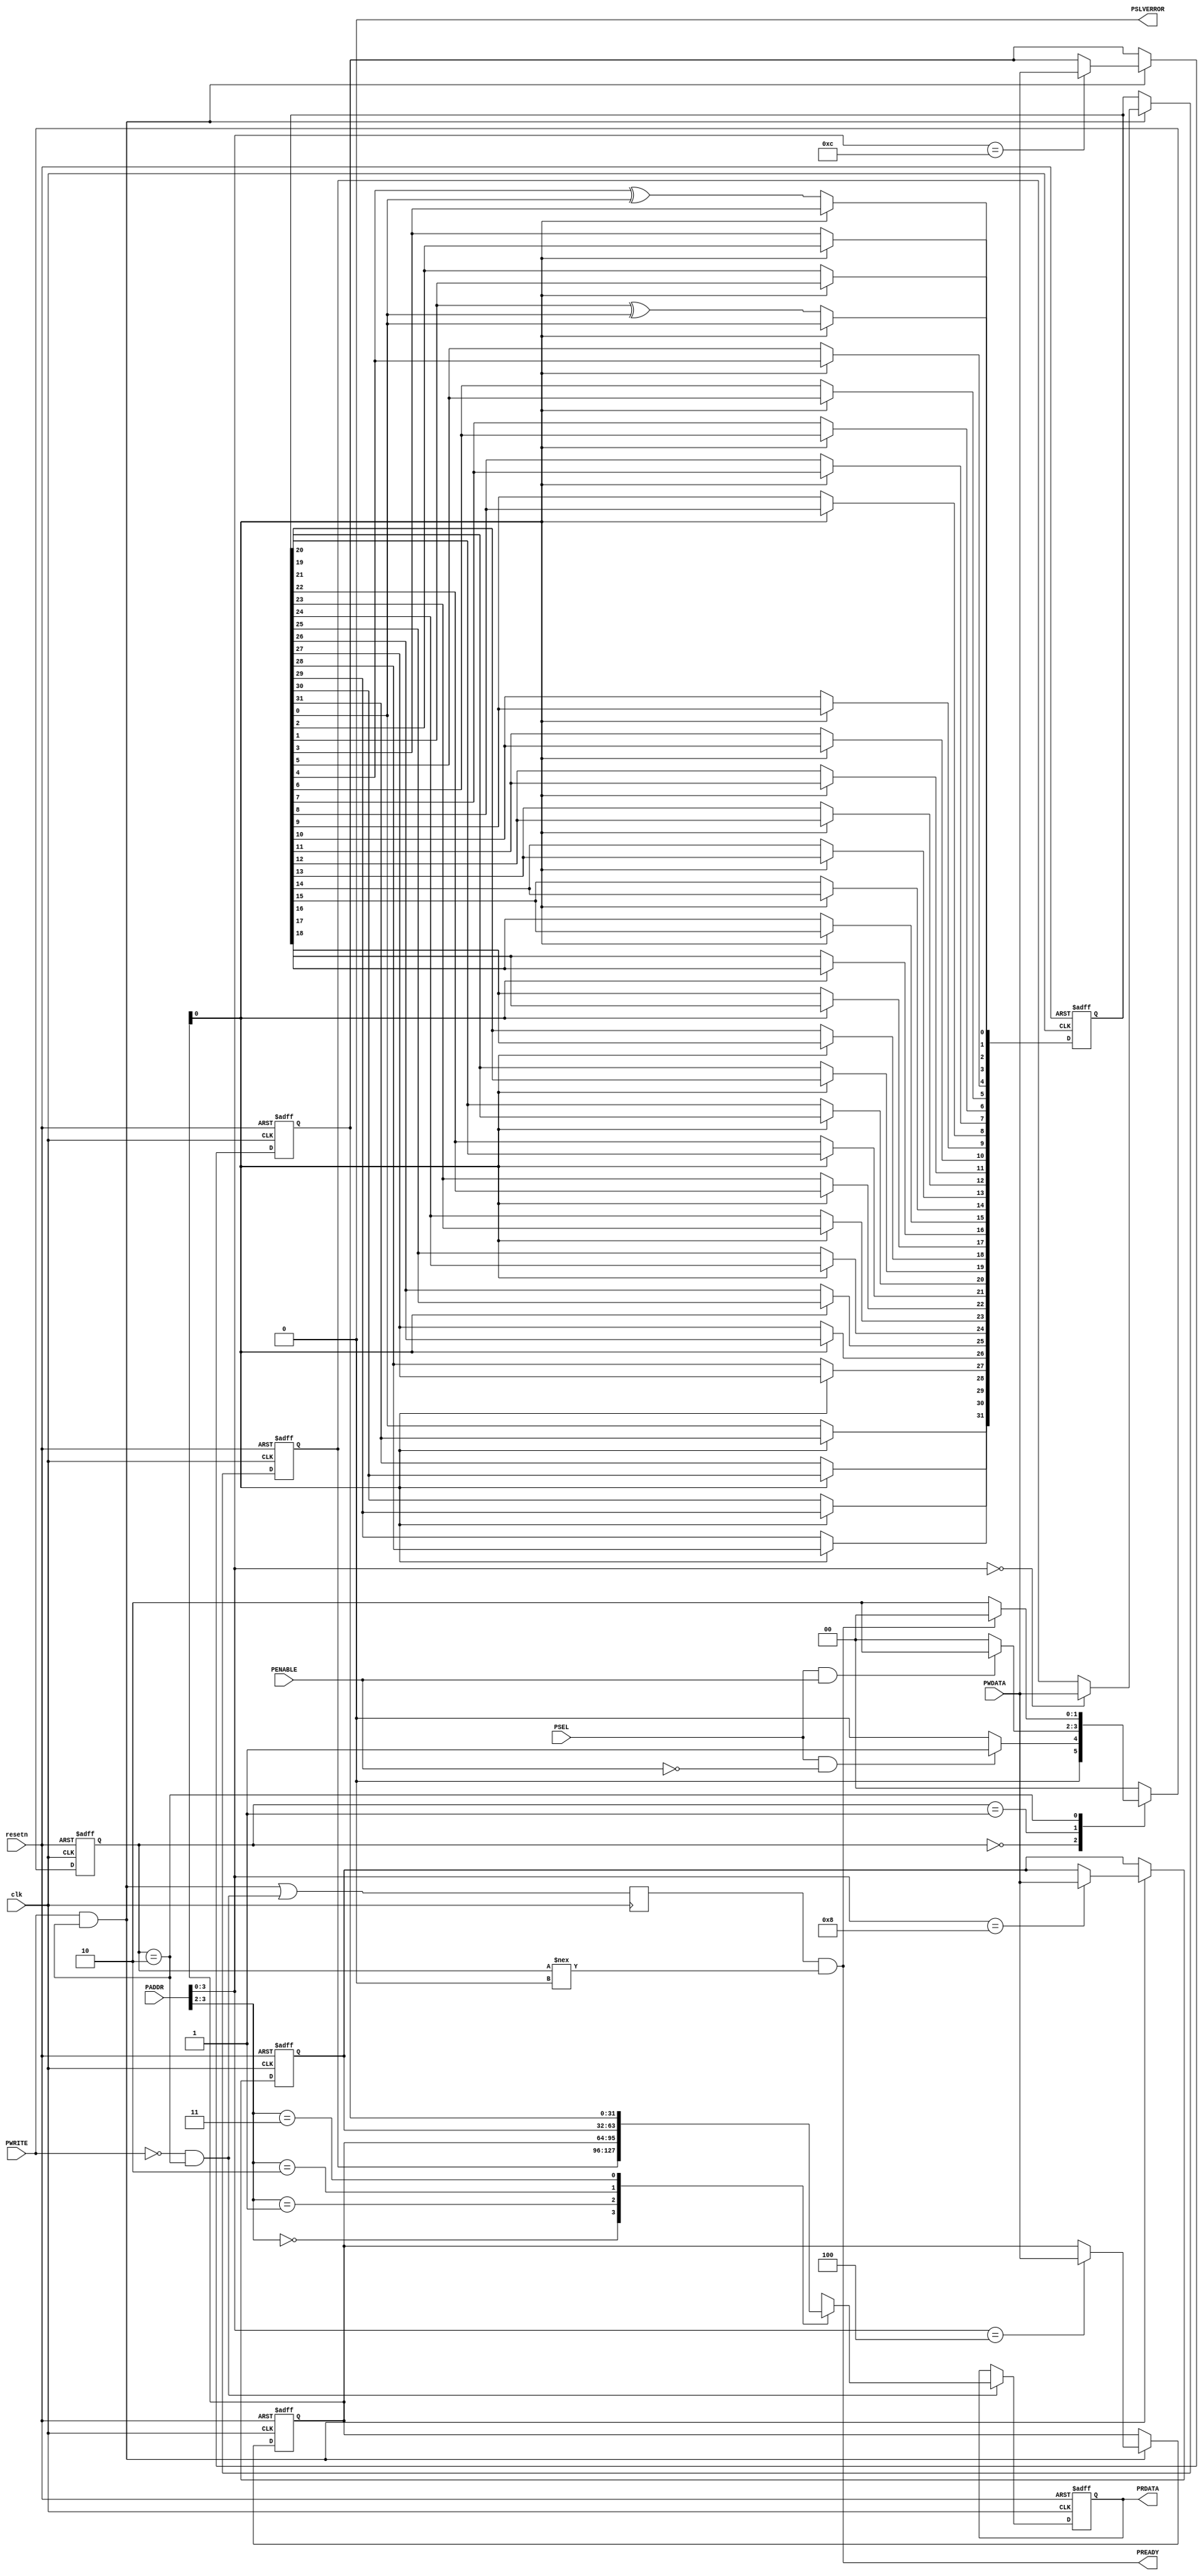
////////////////////////////////////////////////////////////////////////////
//           _____       
//          / _______    Copyright (C) 2013-2023 Efinix Inc. All rights reserved.
//         / /       \   
//        / /  ..    /   design_modules.v
//       / / .'     /    
//    __/ /.'      /     Description:
//   __   \       /      Modules for SapphireSoC example design
//  /_/ /\ \_____/ /     
// ____/  \_______/      
//
// ***********************************************************************
// Revisions:
// 1.0 Initial rev
// 1.1 Added Custom ALU
// 1.2 Fixed AXI4 slave read first issue
// 1.3 Added axi full-duplex to half-duplex converter
// ***********************************************************************
`timescale 1ns/1ps

module apb3_slave #(
	// user parameter starts here
	//
	parameter	ADDR_WIDTH	= 16,
	parameter	DATA_WIDTH	= 32,
	parameter	NUM_REG		= 4
) (
	// user logic starts here
	input				     clk,
	input				     resetn,
	input	[ADDR_WIDTH-1:0] PADDR,
	input				     PSEL,
	input				     PENABLE,
	output				     PREADY,
	input				     PWRITE,
	input 	[DATA_WIDTH-1:0] PWDATA,
	output	[DATA_WIDTH-1:0] PRDATA,
	output				     PSLVERROR

);


///////////////////////////////////////////////////////////////////////////////

localparam [1:0]	IDLE   = 2'b00,
			        SETUP  = 2'b01,
			        ACCESS = 2'b10;

integer			     byteIndex;
reg [DATA_WIDTH-1:0] slaveReg [0:NUM_REG-1];
reg [DATA_WIDTH-1:0] slaveRegOut;
reg [1:0] 		     busState, 
			         busNext;
reg			         slaveReady;
wire	 		     actWrite,
			         actRead;
reg [31:0]           lfsr;
wire                 lfsr_stop;


///////////////////////////////////////////////////////////////////////////////

	always@(posedge clk or negedge resetn)
	begin
		if(!resetn) 
			busState <= IDLE; 
		else
			busState <= busNext; 
	end

	always@(*)
	begin
		busNext = busState;

		case(busState)
			IDLE:
			begin
				if(PSEL && !PENABLE)
					busNext = SETUP;
				else
					busNext = IDLE;
			end
			SETUP:
			begin
				if(PSEL && PENABLE)
					busNext = ACCESS;
				else
					busNext = IDLE;
			end
			ACCESS:
			begin
				if(PREADY)
					busNext = IDLE;
				else
					busNext = ACCESS;
			end
			default:
			begin
				busNext = IDLE;
			end
		endcase
	end


	assign actWrite = PWRITE  & (busState == ACCESS);
	assign actRead  = !PWRITE & (busState == ACCESS);
	assign PSLVERROR = 1'b0; 
	assign PRDATA = slaveRegOut;
	assign PREADY = slaveReady & & (busState !== IDLE);

	always@ (posedge clk)
	begin
		slaveReady <= actWrite | actRead;
	end

	always@ (posedge clk or negedge resetn)
	begin
		if(!resetn)
			for(byteIndex = 0; byteIndex < NUM_REG; byteIndex = byteIndex + 1)
			slaveReg[byteIndex] <= {DATA_WIDTH{1'b0}};
		else 
        begin
			if(actWrite) 
            begin
			    for(byteIndex = 0; byteIndex < NUM_REG; byteIndex = byteIndex + 1)
                if (PADDR[3:0] == (byteIndex*4))
				    slaveReg[byteIndex] <= PWDATA;
            end
			else
            begin
				slaveReg[0] <= lfsr;
                for(byteIndex = 1; byteIndex < NUM_REG; byteIndex = byteIndex + 1)
                slaveReg[byteIndex] <= slaveReg[byteIndex];
            end
		end
	end

	always@ (posedge clk or negedge resetn)
	begin
		if(!resetn)
			slaveRegOut <= {DATA_WIDTH{1'b0}};
		else begin
			if(actRead)
				slaveRegOut <= slaveReg[PADDR[7:2]];
			else
				slaveRegOut <= slaveRegOut;
				
		end

	end

    assign lfsr_stop = slaveReg[1][0];
//custom logics

    always@(posedge clk or negedge resetn)
    begin 
        if (!resetn)
            lfsr <= 'd1;
        else
        begin
            if(!lfsr_stop)
            begin
                lfsr[31] <= lfsr[0];
                lfsr[30] <= lfsr[31];
                lfsr[29] <= lfsr[30];
                lfsr[28] <= lfsr[29];
                lfsr[27] <= lfsr[28];
                lfsr[26] <= lfsr[27];
                lfsr[25] <= lfsr[26];
                lfsr[24] <= lfsr[25];
                lfsr[23] <= lfsr[24];
                lfsr[22] <= lfsr[23];
                lfsr[21] <= lfsr[22];
                lfsr[20] <= lfsr[21];
                lfsr[19] <= lfsr[20];
                lfsr[18] <= lfsr[19];
                lfsr[17] <= lfsr[18];
                lfsr[16] <= lfsr[17];
                lfsr[15] <= lfsr[16];
                lfsr[14] <= lfsr[15];
                lfsr[13] <= lfsr[14];
                lfsr[12] <= lfsr[13];
                lfsr[11] <= lfsr[12];
                lfsr[10] <= lfsr[11];
                lfsr[9 ] <= lfsr[10];
                lfsr[8 ] <= lfsr[9 ];
                lfsr[7 ] <= lfsr[8 ];
                lfsr[6 ] <= lfsr[7 ];
                lfsr[5 ] <= lfsr[6 ];
                lfsr[4 ] <= lfsr[5 ];
                lfsr[3 ] <= lfsr[4 ] ^ lfsr[0];
                lfsr[2 ] <= lfsr[3 ];
                lfsr[1 ] <= lfsr[2 ];
                lfsr[0 ] <= lfsr[1 ] ^ lfsr[0];
            end
            else
            begin
                lfsr <= lfsr;
            end
        end
    end

endmodule

// ***********************************************************************

module axi4_slave #(
	parameter ADDR_WIDTH = 32,
	parameter DATA_WIDTH = 32
) (
	//custom logic starts here
	output			        axi_interrupt,
	//
	input			        axi_aclk,
	input			        axi_resetn,
	//AW
	input [7:0]		        axi_awid,
	input [ADDR_WIDTH-1:0]	axi_awaddr,
	input [7:0]		        axi_awlen,
	input [2:0]		        axi_awsize,
	input [1:0]		        axi_awburst,
	input			        axi_awlock,
	input [3:0]		        axi_awcache,
	input [2:0]		        axi_awprot,
	input [3:0]		        axi_awqos,
	input [3:0]		        axi_awregion,
	input 			        axi_awvalid,
	output			        axi_awready,
	//W
	input [DATA_WIDTH-1:0]	axi_wdata,
	input [(DATA_WIDTH/8)-1:0] 
				            axi_wstrb,
	input 			        axi_wlast,
	input			        axi_wvalid,
	output			        axi_wready,
	//B
	output [7:0]	        axi_bid,
	output [1:0]	        axi_bresp,
	output 			        axi_bvalid,
	input			        axi_bready,
	//AR
	input [7:0]		        axi_arid,
	input [ADDR_WIDTH-1:0]	axi_araddr,
	input [7:0]		        axi_arlen,
	input [2:0]		        axi_arsize,
	input [1:0]		        axi_arburst,
	input 			        axi_arlock,
	input [3:0]		        axi_arcache,
	input [2:0]		        axi_arprot,
	input [3:0]		        axi_arqos,
	input [3:0]		        axi_arregion,
	input 			        axi_arvalid,
	output			        axi_arready,
	//R
	output [7:0]		    axi_rid,
	output [DATA_WIDTH-1:0]	axi_rdata,
	output [1:0]		    axi_rresp,
    output 			        axi_rlast,
	output			        axi_rvalid,
	input			        axi_rready	
);

///////////////////////////////////////////////////////////////////////////////
localparam		RAM_SIZE = 2048;
localparam		RAMW	 = $clog2(RAM_SIZE);

localparam [2:0]	IDLE  	= 3'h0,
			        PRE_WR	= 3'h1,
			        WR 	    = 3'h2,
			        WR_RESP = 3'h3,
			        PRE_RD	= 3'h4,
			        RD	    = 3'h5;
		
reg [2:0] 	    busState,
			    busNext;
wire 		    busReady,
                busPreWrite,
			    busWrite,
			    busWriteResp,
                busPreRead,
			    busRead;
wire            awWrap,
                arWrap;
reg  [7:0]		awidReg;
reg  [ADDR_WIDTH-1:0]	awaddrReg;
reg  [7:0]		awlenReg;
reg  [2:0]		awsizeReg;
reg  [1:0]		awburstReg,
  			    awlockReg;
reg  [3:0]		awcacheReg;
reg  [2:0]		awprotReg;
reg  [3:0]		awqosReg;
reg  [3:0]		awregionReg;

reg  [7:0]		aridReg;
reg  [ADDR_WIDTH-1:0]	araddrReg;
reg  [7:0]		arlenReg;
reg  [2:0]		arsizeReg;
reg  [1:0]		arburstReg,
  			    arlockReg;
reg  [3:0]		arcacheReg;
reg  [2:0]		arprotReg;
reg  [3:0]		arqosReg;
reg  [3:0]		arregionReg;

reg  [31:0]		awaddr_base;
wire [31:0]		awWrapSize;
reg  [7:0]		decodeAwsize;

wire [31:0]		araddr_wrap;
reg  [7:0]		decodeArsize;

reg  [31:0]		araddr_base;
wire [31:0]		arWrapSize;
reg  [7:0]		ridReg;
reg  [1:0]		rrespReg;
reg  [1:0]		rlastReg;

wire			pWr_done;
wire			pRd_done;
wire			awaddr_ext;
wire			araddr_ext;
wire [(DATA_WIDTH/8)-1:0] 
			    rlast;
wire [(DATA_WIDTH/8)-1:0] 
			    rvalid;
//custom logic
wire [9:0]  	wdata  [0:3];
wire	    	wEnable[0:3];
wire [9:0]  	rdata  [0:3];
wire [31:0] 	data_o;
wire  	    	rEnable;
reg 			r_axi_interrupt;

///////////////////////////////////////////////////////////////////////////////


	always@ (posedge axi_aclk or negedge axi_resetn)
	begin
		if(!axi_resetn)
			busState <= IDLE;
		else
			busState <= busNext;

	end

	always@ (*)
	begin
		busNext = busState;

		case(busState)
		IDLE:
		begin
			if(axi_awvalid)
				busNext = PRE_WR;
			else if(axi_arvalid)
				busNext = PRE_RD;
			else
				busNext = IDLE;
		end
		PRE_WR:
		begin
			if(pWr_done)
				busNext = WR;
			else
				busNext = PRE_WR;
		end
		WR:
		begin
			if(axi_wlast)
				busNext = WR_RESP;
			else
				busNext = WR;
		end
		WR_RESP:
		begin
			if(axi_bready)
				busNext = IDLE;
			else
				busNext = WR_RESP;
		end
		PRE_RD:
		begin
			if(pRd_done)
				busNext = RD;
			else
				busNext = PRE_RD;
		end
		RD:
		begin
			if(axi_rlast && axi_rready)
				busNext = IDLE;
			else
				busNext = RD;
		end
		default:
			busNext = IDLE;
		endcase
	end

	assign busReady     = (busState == IDLE);
	assign busPreWrite  = (busState == PRE_WR);
	assign busWrite     = (busState == WR);
	assign busWriteResp = (busState == WR_RESP);
	assign busPreRead   = (busState == PRE_RD);
	assign busRead      = (busState == RD);

    //PRE_WRITE
    assign pWr_done = (awburstReg == 2'b10)? awaddr_ext : 1'b1;
    //AW Control

	assign axi_awready 	= busReady;

    //Wrap Control
        always@ (posedge axi_aclk or negedge axi_resetn)
        begin
		if (!axi_resetn)
			awaddr_base <= 'h0;
		else begin
			if(busReady)
				awaddr_base <= 'h0;
			else if(busPreWrite && !awaddr_ext)
				awaddr_base <= awaddr_base + awWrapSize;
			else
				awaddr_base <= awaddr_base;
		end
	end

	assign awaddr_ext	= busPreWrite ? (awaddr_base[RAMW:0] > awaddrReg[RAMW:0]) : 1'b0;
	assign awWrap 		= busWrite && (axi_awburst == 2'b10) ? (awaddrReg[RAMW:0] == awaddr_base - 4)     : 1'b0;
	assign awWrapSize 	= (DATA_WIDTH/8) * awlenReg;

    //AW Info 
    	always@ (posedge axi_aclk)
	begin
		if(axi_awvalid) begin
			awidReg     <= axi_awid;
			awlenReg    <= axi_awlen + 1'b1;
			awsizeReg   <= axi_awsize;
			awburstReg  <= axi_awburst;
			awlockReg   <= axi_awlock;
			awcacheReg  <= axi_awcache;
			awprotReg   <= axi_awprot;
			awqosReg    <= axi_awqos;
			awregionReg <= axi_awregion;
		end
		else begin
			awidReg     <= awidReg;
			awlenReg    <= awlenReg;
			awsizeReg   <= awsizeReg;
			awburstReg  <= awburstReg;
			awlockReg   <= awlockReg;
			awcacheReg  <= awcacheReg;
			awprotReg   <= awprotReg;
			awqosReg    <= awqosReg;
			awregionReg <= awregionReg;
		end
	end

	always@ (awsizeReg)
	begin
		case(awsizeReg)
		3'h0:decodeAwsize    <= 8'd1;
		3'h1:decodeAwsize    <= 8'd2;
		3'h2:decodeAwsize    <= 8'd4;
		3'h3:decodeAwsize    <= 8'd8;
		3'h4:decodeAwsize    <= 8'd16;
		3'h5:decodeAwsize    <= 8'd32;
		3'h6:decodeAwsize    <= 8'd64;
		3'h7:decodeAwsize    <= 8'd128;
		default:decodeAwsize <= 8'd1;
		endcase
	end

	always@ (posedge axi_aclk)
	begin
		if(axi_awvalid)
			awaddrReg   <= axi_awaddr;
		else if (busWrite) begin
			case(awburstReg)
			2'b00://fixed burst
			awaddrReg <= awaddrReg;
			2'b01://incremental burst
			awaddrReg <= awaddrReg + decodeAwsize;
			2'b10://wrap burst
			begin
				if(awWrap)
					awaddrReg <= awaddrReg - awWrapSize;
				else
					awaddrReg <= awaddrReg + decodeAwsize;
			end
			default:
			awaddrReg <= awaddrReg;
			endcase
		end
	end
    //W operation
    	assign axi_wready = busWrite;

    //B Response
	assign axi_bid    = awidReg;
	assign axi_bresp  = 2'b00;
	assign axi_bvalid = busWriteResp;

   //PRE_READ
   assign pRd_done = (arburstReg == 2'b10)? araddr_ext : 1'b1;

   //AR Control
	assign axi_arready = busReady;

   //Wrap Control
        always@ (posedge axi_aclk or negedge axi_resetn)
        begin
		if (!axi_resetn)
			araddr_base <= 'h0;
		else begin
			if(busReady)
				araddr_base <= 'h0;
			else if(busPreRead && !araddr_ext)
				araddr_base <= araddr_base + arWrapSize;
			else
				araddr_base <= araddr_base;
		end
	end

	assign araddr_ext	= busPreRead ? (araddr_base[RAMW:0] > araddrReg[RAMW:0]) : 1'b0;
	assign arWrap 		= (busRead && axi_arburst == 2'b10)   ? (araddrReg[RAMW:0] == araddr_base - 4)     : 1'b0;
	assign arWrapSize 	= (DATA_WIDTH/8) * arlenReg;

    //AR Info 
    	always@ (posedge axi_aclk)
	begin
		if(axi_arvalid) begin
			aridReg     <= axi_arid;
			arlenReg    <= axi_arlen + 1'b1;
			arsizeReg   <= axi_arsize;
			arburstReg  <= axi_arburst;
			arlockReg   <= axi_arlock;
			arcacheReg  <= axi_arcache;
			arprotReg   <= axi_arprot;
			arqosReg    <= axi_arqos;
			arregionReg <= axi_arregion;
		end
		else begin
			aridReg     <= aridReg;
			arlenReg    <= arlenReg;
			arsizeReg   <= arsizeReg;
			arburstReg  <= arburstReg;
			arlockReg   <= arlockReg;
			arcacheReg  <= arcacheReg;
			arprotReg   <= arprotReg;
			arqosReg    <= arqosReg;
			arregionReg <= arregionReg;
		end
	end

	always@ (arsizeReg)
	begin
		case(arsizeReg)
		3'h0:decodeArsize    <= 8'd1;
		3'h1:decodeArsize    <= 8'd2;
		3'h2:decodeArsize    <= 8'd4;
		3'h3:decodeArsize    <= 8'd8;
		3'h4:decodeArsize    <= 8'd16;
		3'h5:decodeArsize    <= 8'd32;
		3'h6:decodeArsize    <= 8'd64;
		3'h7:decodeArsize    <= 8'd128;
		default:decodeArsize <= 8'd1;
		endcase
	end

	always@ (posedge axi_aclk)
	begin
		if(axi_arvalid)
			araddrReg   <= axi_araddr;
		else if (rEnable && axi_rready) begin
			case(arburstReg)
			2'b00://fixed burst
			araddrReg <= araddrReg;
			2'b01://incremental burst
			araddrReg <= araddrReg + decodeArsize;
			2'b10://wrap burst
			begin
				if(arWrap)
					araddrReg <= araddrReg - arWrapSize;
				else
					araddrReg <= araddrReg + decodeArsize;
			end
			default:
			araddrReg <= araddrReg;
			endcase
		end
	end

    // R Operation
	assign axi_rdata  = data_o;
 
    // R Response
	assign axi_rvalid = busRead? |rvalid : 1'b0 ;
	assign axi_rlast  = busRead? |rlast : 1'b0 ;
    	
	assign axi_rresp = 2'b00;
	assign axi_rid	 = aridReg;

    //custom logic starts here
    assign axi_interrupt = r_axi_interrupt;	
	assign rEnable = (axi_arburst == 2'b10)? busRead : busPreRead;
	
	always@ (posedge axi_aclk)
	begin
		if (!axi_resetn)
		begin
			r_axi_interrupt <= 1'b0;
		end
		else
		begin
			if((axi_wvalid) && (axi_wdata == 16'hABCD))	
                r_axi_interrupt <= 1'b1;
			else						
                r_axi_interrupt <= 1'b0;	
		end		
	end
	
 	genvar i;
	generate
		for(i=0;i < (DATA_WIDTH/8); i = i + 1) begin
	
		assign rvalid[i] = (arlenReg != 'h1)? rdata[i][8] : 1'b1;
		assign rlast[i] = (arlenReg != 'h1)? rdata[i][9] : 1'b1;
		assign wdata[i] = {axi_wlast, axi_wvalid, axi_wdata[(i*8+7) -: 8]} ;
		assign data_o[(i*8+7) -: 8] = rdata[i];
		assign wEnable[i] = axi_wready & axi_wvalid & axi_wstrb[i];

	 	ext_mem #(
			.DATA_WIDTH (10),
			.ADDR_WIDTH (RAMW-2),
			.OUTPUT_REG ("TRUE")
						 
	 	) user_ram (
			.wdata 	(wdata[i]),
			.waddr	(awaddrReg[RAMW-1:2]), 
			.raddr	(araddrReg[RAMW-1:2]),
			.we	    (wEnable[i]), 
			.wclk	(axi_aclk), 
			.re	    (rEnable), 
			.rclk	(axi_aclk),
			.rdata	(rdata[i])
	 	);
		end
	endgenerate

endmodule

// ***********************************************************************

module memory_checker #(
    parameter WIDTH       = 32,
    parameter ALEN        = 23,
    parameter START_ADDR  = 32'h00000000,
    parameter STOP_ADDR   = 32'h00100000,
    parameter ADDR_OFFSET = (ALEN + 1)*(WIDTH/8)
) (
input                       axi_clk,
input                       rstn,
input                       start,
output      [7:0]           aid,
output reg  [31:0]          aaddr,
output reg  [7:0]           alen,
output reg  [2:0]           asize,
output reg  [1:0]           aburst,
output reg  [1:0]           alock,
output reg                  avalid,
input                       aready,
output reg                  atype,

output      [7:0]           wid,
output reg  [WIDTH-1:0]     wdata,
output      [WIDTH/8-1:0]   wstrb,
output reg                  wlast,
output reg                  wvalid,
input                       wready,

input       [3:0]           rid,
input       [WIDTH-1:0]     rdata,
input                       rlast,
input                       rvalid,
output reg                  rready,
input       [1:0]           rresp,

input       [7:0]           bid,
input                       bvalid,
output reg                  bready,
output                      pass

);

///////////////////////////////////////////////////////////////////////////////
localparam  ASIZE = (WIDTH == 512)? 6 :
                    (WIDTH == 256)? 5 :
                    (WIDTH == 128)? 4 :
                    (WIDTH == 64)?  3 : 2;

//Main states
localparam  COMPARE_WIDTH = WIDTH;
localparam  IDLE = 4'b0000, 
	        WRITE_ADDR = 4'b0001,
	        PRE_WRITE = 4'b0010,
	        WRITE = 4'b0011,
	        POST_WRITE = 4'b0100,
	        READ_ADDR = 4'b0101,
	        PRE_READ = 4'b0110,
	        READ_COMPARE = 4'b0111,
	        POST_READ = 4'b1000,
	        DONE = 4'b1001;

//reg [3:0] states, nstates;
reg             fail;
reg             done;
reg [3:0]       states;
reg [3:0]       nstates;
reg             bvalid_done;
reg [1:0]       start_sync;
reg [8:0]       write_cnt, read_cnt;
reg [WIDTH-1:0] rdata_store;
reg             wburst_done, 
                rburst_done, 
                write_done, 
                read_done;

///////////////////////////////////////////////////////////////////////////////
    assign aid   = 8'h00;
    assign wstrb = {WIDTH/8{1'b1}};
    assign wid   = 8'h00;
    assign pass  = done & ~fail;
    
    always @(posedge axi_clk or negedge rstn) 
    begin
    	if (!rstn) begin
    		start_sync <= 2'b00;
    	end else begin
    		start_sync[0] <= start;
    		start_sync[1] <= start_sync[0];
    	end
    end
    
    always @(posedge axi_clk or negedge rstn) 
    begin
     	if (!rstn) begin
    	    states <= IDLE;
    	end else begin
    	    states <= nstates;
    	end
    end
    
    always @(states or start_sync[1] or write_cnt or rburst_done or write_done or read_done or bvalid_done or aready) 
    begin
    	case(states) 
    	IDLE 	   : 
        if (start_sync[1]) 			
            nstates = WRITE_ADDR;
    	else					
            nstates = IDLE;
    	WRITE_ADDR : 
        if (aready)				
            nstates = PRE_WRITE;
    	else					
            nstates = WRITE_ADDR;
    	PRE_WRITE  : 	
        nstates = WRITE;
    	WRITE	   : 
        if (write_cnt == 9'd0)			
            nstates = POST_WRITE;
    	else		 			
            nstates = WRITE;
    	POST_WRITE : 
        if (write_done & bvalid_done) 		
            nstates = READ_ADDR;
    	else if (bvalid_done)			
            nstates = WRITE_ADDR;
    	else					
            nstates = POST_WRITE;
    	READ_ADDR  : 
        if (aready) 				
            nstates = PRE_READ;
    	else					
            nstates = READ_ADDR;
    	PRE_READ   :						
        nstates = READ_COMPARE;
    	READ_COMPARE  : 
        if (rburst_done) 			
            nstates = POST_READ;
    	else					
            nstates = READ_COMPARE;
    	POST_READ  :	
        if (read_done) 				
            nstates = DONE;
    	else					
            nstates = READ_ADDR;
    	DONE	   : 						
        nstates = DONE;
    	default	   :
        nstates = IDLE;
    	endcase
    end
    
    always @(posedge axi_clk or negedge rstn) 
    begin
    	if (!rstn) begin
    		aaddr       <= START_ADDR;
    		avalid      <= 1'b0;
    		atype       <= 1'b0;
    		aburst      <= 2'b00;
    		asize       <= 3'b000;
    		alen        <= 8'd0;
    		alock       <= 2'b00;
    		wvalid      <= 1'b0;
    		write_cnt   <= ALEN + 1;
    		write_done  <= 1'b0;
    		wdata       <= {WIDTH{1'b0}};
    		wburst_done <= 1'b0;
    		wlast       <= 1'b0;
    		bready      <= 1'b0;
    		fail        <= 1'b0;
    		done        <= 1'b0;
    		rready      <= 1'b0;
    		bvalid_done <=1'b0;
    	end 
        else 
        begin
    		if (states == IDLE) 
            begin
    	        aaddr       <= START_ADDR;
    	        avalid      <= 1'b0;
                atype       <= 1'b0;
                aburst      <= 2'b00;
                asize       <= 3'b000;
                alen        <= 8'd0;
                alock       <= 2'b00;
                wvalid      <= 1'b0;
                write_cnt   <= ALEN + 1;
                wdata       <= {WIDTH{1'b0}};
                wburst_done <= 1'b0;
                wlast       <= 1'b0;
                bready      <= 1'b0;
    		    rready      <= 1'b0;
    		    bvalid_done <= 1'b0;
    		    fail        <= 1'b0;
    		    done        <= 1'b0;
    		end
    		if (states == WRITE_ADDR) 
            begin
    			avalid      <= 1'b1;
    			atype       <= 1'b1;
    			asize       <= ASIZE;
    			alen        <= ALEN;
    			aburst      <= 2'b01;
    			alock       <= 2'b00;
    			wvalid      <= 1'b0;
    			write_cnt   <= ALEN + 1;
    			wburst_done <= 1'b0;
    			bvalid_done <= 1'b0;
    			bready      <= 1'b0;
    			rready      <= 1'b0;
    			done        <= 1'b0;
    			fail        <= 1'b0;
    		end
    		if (states == PRE_WRITE) 
            begin
    			avalid      <= 1'b0;
    			atype       <= 1'b0;
    			wvalid      <= 1'b1;
    			wdata       <= {{WIDTH/32{~aaddr[7:0]}},{WIDTH/32{~write_cnt[7:0]}},{WIDTH/32{aaddr[7:0]}},{WIDTH/32{write_cnt[7:0]}}};
    			bready      <= 1'b1;
    			write_cnt   <= write_cnt - 1;
                if(alen == 'd0)
                begin
                    wlast <= 1'b1;
                end
    		end
    		if (states == WRITE) 
            begin
    			if (wready == 1'b1) 
                begin
    			    wdata   <= {{WIDTH/32{~aaddr[7:0]}},{WIDTH/32{~write_cnt[7:0]}},{WIDTH/32{aaddr[7:0]}},{WIDTH/32{write_cnt[7:0]}}};
    				if (write_cnt == 9'd0) 
                    begin
    				    wburst_done <= 1'b1;
    				    wlast       <= 1'b0;
    				    wvalid      <= 1'b0;
    					if (aaddr >= STOP_ADDR) 
                        begin
    					    write_done <= 1'b1;
    					end else 
                        begin
    					    write_done <= 1'b0;
    					end
    				end if (write_cnt == 9'd1) 
                    begin
    					wlast     <= 1'b1;
    					write_cnt <= write_cnt - 1;
    				end 
                    else 
                    begin
    				    write_cnt <= write_cnt - 1;
    				end
    			end
    		end
    		if (states == POST_WRITE) 
            begin
    			if (write_done) 
                begin
    				    aaddr <= START_ADDR;
    			end 
                else 
                begin
    				if (bvalid) begin
    				    aaddr <= aaddr + ADDR_OFFSET;
    				end
    			end
    			if (wready == 1'b1) 
                begin
    				wlast   <= 1'b0;	
    				wvalid  <= 1'b0;	
    			end
    			if (bvalid) 
                begin
    				bvalid_done <= 1'b1;
    				bready      <= 1'b0;
    			end
    		end
    		if (states == READ_ADDR) 
            begin
    			avalid   <= 1'b1;
    			read_cnt <= ALEN + 1;
    				
    		end
    		if (states == PRE_READ) 
            begin
    			avalid      <= 1'b0;
    			rburst_done <= 1'b0;
                rdata_store <= {{WIDTH/32{~aaddr[7:0]}},{WIDTH/32{~read_cnt[7:0]}},{WIDTH/32{aaddr[7:0]}},{WIDTH/32{read_cnt[7:0]}}};
    			read_cnt    <= read_cnt - 1'b1;
    		end
    		if (states == READ_COMPARE) 
            begin
    			rready <= 1'b1;
    			if (read_cnt != 9'd0) 
                begin
    			    if (rvalid == 1'b1) 
                    begin
                        rdata_store <= {{WIDTH/32{~aaddr[7:0]}},{WIDTH/32{~read_cnt[7:0]}},{WIDTH/32{aaddr[7:0]}},{WIDTH/32{read_cnt[7:0]}}};
    			        read_cnt <= read_cnt - 1'b1;
    				    if (rdata[COMPARE_WIDTH-1:0] != rdata_store[COMPARE_WIDTH-1:0]) 
    					    fail <= 1'b1;
    				    else 
                            fail <= 1'b0;
    				end
    	
    			end
    		end
    		if (read_cnt == 9'd0) 
            begin
    	        if (rvalid == 1'b1) 
                begin
                    if (rdata[COMPARE_WIDTH-1:0] != rdata_store[COMPARE_WIDTH-1:0]) 
                    begin
                        fail <= 1'b1;
                    end 
                    else 
                    begin
                        fail <= 1'b0;
                    end
    				if (aaddr >= STOP_ADDR) 
                    begin
    					read_done <= 1'b1;
    				end 
                    else 
                    begin
    					read_done <= 1'b0;
    				end
    				rburst_done <= 1'b1;
    			end
    		end
    		if (states == POST_READ) 
            begin
    			aaddr <= aaddr + ADDR_OFFSET;
    			rready <= 1'b1;
    		end
    		if (states == DONE)
            begin
    			done <= 1'b1;
    		end
    	end
    end
endmodule

// ***********************************************************************
module timer_start #(
	parameter MHZ	 = 50,
	parameter SECOND = 3,
    parameter PULSE  = 0
) (
	input		clk,
	input		rst_n,
	output 		start
); 

reg [35:0]	delay_cnt;
wire		second_tick;
reg [4:0]	second_cnt;
reg [3:0]   pulse_reg;
wire        start_reg;

///////////////////////////////////////////////////////////////////////////////

`ifndef EFX_SIM
localparam tick_cnt = (MHZ * 1000000) >> 1;
`else
localparam tick_cnt = MHZ * 200;
`endif

	always@(posedge clk or negedge rst_n)
	begin
	if(!rst_n)
		delay_cnt <= 'd0;
	else
	begin
		if(delay_cnt == tick_cnt || start_reg == 1'b1)
			delay_cnt <= 'd0;
		else
			delay_cnt <= delay_cnt + 1'b1;
	end
	end

	assign second_tick = ((delay_cnt) == (tick_cnt - 1)); 

	always@(posedge clk or negedge rst_n)
	begin
	if(!rst_n)
		second_cnt <= 'd0;
	else
	begin
		if(second_tick)
			second_cnt <= second_cnt + 1'b1;
		else
			second_cnt <= second_cnt;
	end
	end

	assign start_reg = (second_cnt == SECOND);
    
    always@(posedge clk)
    begin
        pulse_reg <= {pulse_reg[2:0],start_reg};
    end

generate
if(PULSE == 1)
    assign start = ~pulse_reg[3] & start_reg;
else
    assign start = start_reg;
endgenerate

endmodule

// ***********************************************************************
module ext_mem #(
    parameter DATA_WIDTH    = 8,
    parameter ADDR_WIDTH    = 9,
    parameter OUTPUT_REG    = "TRUE",
    parameter RAM_INIT_FILE = ""
) (
    input [DATA_WIDTH-1:0]  wdata,
    input [ADDR_WIDTH-1:0]  waddr, 
    input [ADDR_WIDTH-1:0]  raddr,
    input                   we, 
    input                   wclk, 
    input                   re, 
    input                   rclk,
    output [DATA_WIDTH-1:0] rdata
);

/////////////////////////////////////////////////////////////////////////////

    localparam MEMORY_DEPTH = 2**ADDR_WIDTH;
    localparam MAX_DATA = (1<<ADDR_WIDTH)-1;

    reg [DATA_WIDTH-1:0]ram [MEMORY_DEPTH-1:0];
    wire [DATA_WIDTH-1:0] r_rdata_1P;
    reg [DATA_WIDTH-1:0] r_rdata_2P = 'h0;

/////////////////////////////////////////////////////////////////////////////
    initial
    begin
        if (RAM_INIT_FILE != "")
        begin
            $readmemh(RAM_INIT_FILE, ram);
        end
    end

    always @ (posedge wclk)
        if (we)
        ram[waddr] <= wdata;

    assign r_rdata_1P = re? ram[raddr] : 'hZ;

    always @ (posedge rclk)
    begin
        if (re)
        r_rdata_2P <= r_rdata_1P;
    end

    generate
        if (OUTPUT_REG == "TRUE")
            assign  rdata = r_rdata_2P;
        else
            assign  rdata = r_rdata_1P;
    endgenerate

endmodule

// ***********************************************************************
module custom_instruction_tea (
    input             clk,
    input             reset,
    input             cmd_valid,
    output            cmd_ready,
    input  [9:0]      cmd_function_id,
    input  [31:0]     cmd_inputs_0,
    input  [31:0]     cmd_inputs_1,
    output reg        rsp_valid,
    input             rsp_ready,
    output [31:0]     rsp_outputs_0
);

/////////////////////////////////////////////////////////////////////////////

    reg  [31:0]     raw_data0;
    reg  [31:0]     raw_data1;          
    reg             raw_valid;
    reg             raw_valid_upper;
    reg  [1:0]      valid_upper_r1;
    wire [63:0]     enc_out;
    wire            enc_valid;
    wire            enc_valid_upper;
    reg             enc_busy;
/////////////////////////////////////////////////////////////////////////////

    always@(posedge clk or posedge reset) 
    begin
        if(reset) 
        begin
            raw_data0       <= 32'd0;
            raw_data1       <= 32'd0;
            raw_valid       <= 1'b0;    
            raw_valid_upper <= raw_valid_upper;
        end 
        else 
        begin
            if (cmd_ready & cmd_valid) 
            begin
                case (cmd_function_id[1:0])
                2'd0:
                begin
                    raw_data0       <= cmd_inputs_0;
                    raw_data1       <= cmd_inputs_1;
                    raw_valid       <= 1'b1;
                    raw_valid_upper <= 1'b0;
                    
                end
                2'd1:
                begin
                    raw_data0       <= raw_data0;
                    raw_data1       <= raw_data1;
                    raw_valid       <= 1'b0;
                    raw_valid_upper <= 1'b1;
                end
                default:
                begin
                    raw_data0       <= raw_data0;
                    raw_data1       <= raw_data1;
                    raw_valid       <= 1'b0;
                    raw_valid_upper <= raw_valid_upper;
                end
                endcase 
            end
            else
            begin   
                raw_data0       <= raw_data0;
                raw_data1       <= raw_data1;
                raw_valid       <= 1'b0;
                raw_valid_upper <= raw_valid_upper;
            end
        end
    end

    always@(posedge clk or posedge reset)
    begin
        if(reset)
            enc_busy <= 1'b0;
        else
        begin
            if(rsp_valid && rsp_ready)
                enc_busy <= 1'b0;
            else if(cmd_valid)
                begin
                    case (cmd_function_id[1:0])
                    2'd0,2'd1:
                    enc_busy    <= 1'b1;
                    default:
                    enc_busy    <= 1'b0;
                    endcase
                end
            else
                enc_busy <= enc_busy;
        end
    end

    always@(posedge clk)
    begin
        valid_upper_r1 <= {valid_upper_r1[0], raw_valid_upper};
    end

    assign enc_valid_upper = valid_upper_r1[0] & ~valid_upper_r1[1];

    always@(posedge clk or posedge reset)
    begin
        if(reset)
            rsp_valid <= 1'b0;
        else
        begin
            if(enc_valid | enc_valid_upper)
                rsp_valid <= 1'b1;
            else if(rsp_ready)            
                rsp_valid <= 1'b0;
            else
                rsp_valid <= rsp_valid;
        end
    end
                

    assign rsp_outputs_0 = raw_valid_upper ? enc_out[63:32]:enc_out[31:0];
    assign cmd_ready     = !enc_busy;

    tiny_encrytion #(
    .ITER(1024)
    ) tea (
        .clk        (clk),
        .reset      (reset),
        .raw0       (raw_data0),
        .raw1       (raw_data1),
        .rawEn      (raw_valid),
        .busy       (),
        .enc_out    (enc_out),
        .enc_valid  (enc_valid)
    );

endmodule

/////////////////////////////////////////////////////////////////////////////
module tiny_encrytion #(
    parameter ITER = 1024
) (
	clk,
	reset,
	raw0,
	raw1,
	rawEn,
	busy,
	enc_out,
	enc_valid
	
);

input               clk;
input               reset;
input [31:0]        raw0;
input [31:0]        raw1;
input               rawEn;
output              busy;
output reg [63:0]   enc_out;
output              enc_valid; 


/////////////////////////////////////////////////////////////////////////////
localparam deltaConstant = 32'h9E3779B9;
localparam enckey0       = 32'h01234567;
localparam enckey1       = 32'h89abcdef;
localparam enckey2       = 32'h13579248;
localparam enckey3       = 32'h248a0135;
localparam CW            = $clog2(ITER);

reg [31:0]  raw_r0,
            raw_r1;

reg [CW-1:0] iteration_cnt;
reg [2:0]    iteration_start;
wire         iteration_stop;
reg          iteration_act;
reg [1:0]    data_tick;
reg          data_tick_r1;
reg [31:0]   delta_r1;

wire [31:0]  cal0_top;
wire [31:0]  cal0_mid;
wire [31:0]  cal0_bot;
wire [31:0]  cal0;

wire [31:0]  cal1_top;
wire [31:0]  cal1_mid;
wire [31:0]  cal1_bot;
wire [31:0]  cal1;

/////////////////////////////////////////////////////////////////////////////
always@(posedge clk)
begin
    if(data_tick[0])
        enc_out <= {raw_r1, raw_r0};
    else
        enc_out <= enc_out;
end

assign busy = iteration_act;
assign enc_valid = data_tick[1];

always@(posedge clk)
begin
        iteration_start <= {iteration_start[1:0], rawEn};
        data_tick <= {data_tick[0], iteration_stop};
end

assign iteration_stop = (iteration_cnt == {CW{1'b1}});

always@(posedge clk or posedge reset)
begin
    if(reset)
        iteration_act <= 'b0;
    else
    begin
        if(iteration_start[2])
            iteration_act <= 1'b1;
        else if(iteration_stop)
            iteration_act <= 1'b0;
        else
            iteration_act <= iteration_act;
    end
end

always@(posedge clk or posedge reset)
begin
    if(reset)
        iteration_cnt <= 'd0;
    else
    begin
        if(iteration_act)
            iteration_cnt <= iteration_cnt + 1'b1;
        else
            iteration_cnt <= 'd0;
    end
end

always@(posedge clk)
begin
    if(iteration_start[1] && !iteration_act)
    begin
        raw_r0 <= raw0;
        raw_r1 <= raw1;
        delta_r1 <= deltaConstant;
    end
    else
    if(iteration_act)
    begin
        raw_r0      <= cal1 + raw_r0;
        raw_r1      <= cal0 + raw_r1;
        delta_r1    <= delta_r1 + deltaConstant;
    end 
    else
    begin
        raw_r0      <= raw_r0;
        raw_r1      <= raw_r1;
        delta_r1    <= delta_r1;

    end
end


assign cal0_top     = ((raw_r0 + cal1) << 4) + enckey2;
assign cal0_mid     = (raw_r0 + cal1) + delta_r1;
assign cal0_bot     = ((raw_r0 + cal1) >> 5) + enckey3;
assign cal0         = cal0_top ^ cal0_mid ^ cal0_bot;
assign cal1_top     = (raw_r1 << 4) + enckey0;
assign cal1_mid     = raw_r1 + delta_r1;
assign cal1_bot     = (raw_r1 >> 5) + enckey1;
assign cal1         = cal1_top ^ cal1_mid ^ cal1_bot;

endmodule
/////////////////////////////////////////////////////////////////////////////
module fd_to_hd_wrapper (
input                       clk,
input                       reset,
output  wire                io_ddrA_arw_valid,
input                       io_ddrA_arw_ready,
output  wire    [31:0]      io_ddrA_arw_payload_addr,
output  wire    [7:0]       io_ddrA_arw_payload_id,
output  wire    [7:0]       io_ddrA_arw_payload_len,
output  wire    [2:0]       io_ddrA_arw_payload_size,
output  wire    [1:0]       io_ddrA_arw_payload_burst,
output  wire    [1:0]       io_ddrA_arw_payload_lock,
output  wire                io_ddrA_arw_payload_write,

input                       io_ddrA_aw_valid,
output  wire                io_ddrA_aw_ready,
input           [31:0]      io_ddrA_aw_payload_addr,
input           [7:0]       io_ddrA_aw_payload_id,
input           [7:0]       io_ddrA_aw_payload_len,
input           [2:0]       io_ddrA_aw_payload_size,
input           [1:0]       io_ddrA_aw_payload_burst,
input           [1:0]       io_ddrA_aw_payload_lock,

input                       io_ddrA_ar_valid,
output  wire                io_ddrA_ar_ready,
input           [31:0]      io_ddrA_ar_payload_addr,
input           [7:0]       io_ddrA_ar_payload_id,
input           [7:0]       io_ddrA_ar_payload_len,
input           [2:0]       io_ddrA_ar_payload_size,
input           [1:0]       io_ddrA_ar_payload_burst,
input           [1:0]       io_ddrA_ar_payload_lock
);
/////////////////////////////////////////////////////////////////////////////
localparam [1:0]    IDLE    = 2'h0,
                    WRITE   = 2'h1,
                    READ    = 2'h2;

reg [1:0]           st_cur,
                    st_next; 

wire                op_write,
                    op_read;
/////////////////////////////////////////////////////////////////////////////
    always@(posedge clk or posedge reset)
    begin
    if(reset)
        st_cur <= IDLE;
    else
        st_cur <= st_next;
    end

    always@*
    begin
        st_next = st_cur;
        case(st_cur)
        IDLE:
        begin
            if(io_ddrA_aw_valid)
                st_next = WRITE;
            else if (io_ddrA_ar_valid)
                st_next = READ;
            else
                st_next = IDLE;
        end
        WRITE:
        begin
            if(io_ddrA_aw_ready)
                st_next = IDLE;
            else
                st_next = WRITE;
        end
        READ:
        begin
            if(io_ddrA_ar_ready)
                st_next = IDLE;
            else
                st_next = READ;
        end
        default: st_next = IDLE;
        endcase
    end
        
assign op_write = (st_cur == WRITE);
assign op_read = (st_cur == READ);

assign io_ddrA_arw_valid         = op_write ? io_ddrA_aw_valid : op_read ? io_ddrA_ar_valid : 1'b0; 
assign io_ddrA_arw_payload_addr  = op_write ? io_ddrA_aw_payload_addr    : io_ddrA_ar_payload_addr;  
assign io_ddrA_arw_payload_id    = op_write ? io_ddrA_aw_payload_id      : io_ddrA_ar_payload_id;    
assign io_ddrA_arw_payload_len   = op_write ? io_ddrA_aw_payload_len     : io_ddrA_ar_payload_len;   
assign io_ddrA_arw_payload_size  = op_write ? io_ddrA_aw_payload_size    : io_ddrA_ar_payload_size;  
assign io_ddrA_arw_payload_burst = op_write ? io_ddrA_aw_payload_burst   : io_ddrA_ar_payload_burst; 
assign io_ddrA_arw_payload_lock  = op_write ? io_ddrA_aw_payload_lock    : io_ddrA_ar_payload_lock;  
assign io_ddrA_arw_payload_write = op_write;

assign io_ddrA_aw_ready = op_write ? io_ddrA_arw_ready : 1'b0;
assign io_ddrA_ar_ready = op_read ? io_ddrA_arw_ready : 1'b0;

endmodule